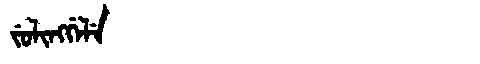
Manchu: ᠵᡠᠯᡳᠩᡤᡝᠯᡝ
Romanization: JULINGGELE